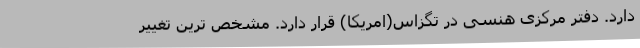
دارد. دفتر مرکزی هنسی در تگزاس(امریکا) قرار دارد. مشخص ترین تغییر